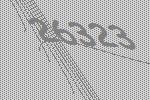
26323